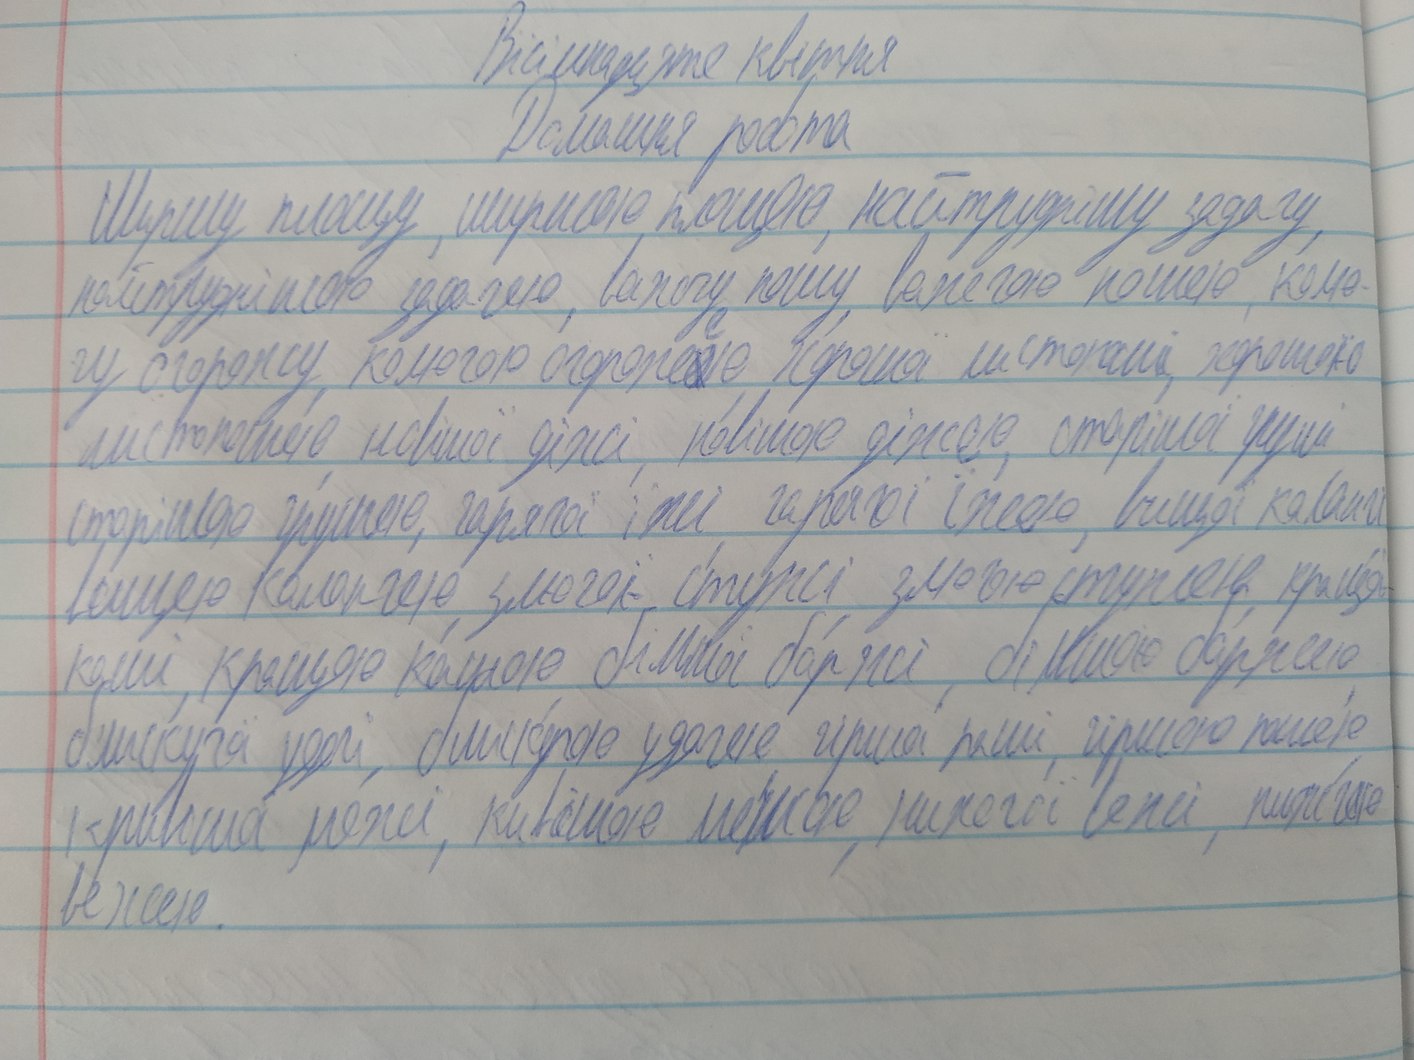
Вісімнадцяте квітня
Домашня робота
Широку площу, широкою площею, найтруднішу задачу,
найтруднішою задачею, важчу ношу, важчою ношею, колю-
чу огорожу, колючою огорож~~о~~{е}ю, хорошої листоноші, хорошою
листоношею, новішою діжі, новішою діжею, старішою груші,
старішею грушею, гарячої їжі, гарячої їжею, вищої колангі,
вищою колонгею, злючої стужі, злючою стужею, кращої
каші, кращою кашою, більшої баржі, більшою баржею,
блискучої удачі, блискучою удачею, гіршої рани, гіршою ранею
кривішої межі, кивішою межею, нижчої вежі, нижчою
вежею.